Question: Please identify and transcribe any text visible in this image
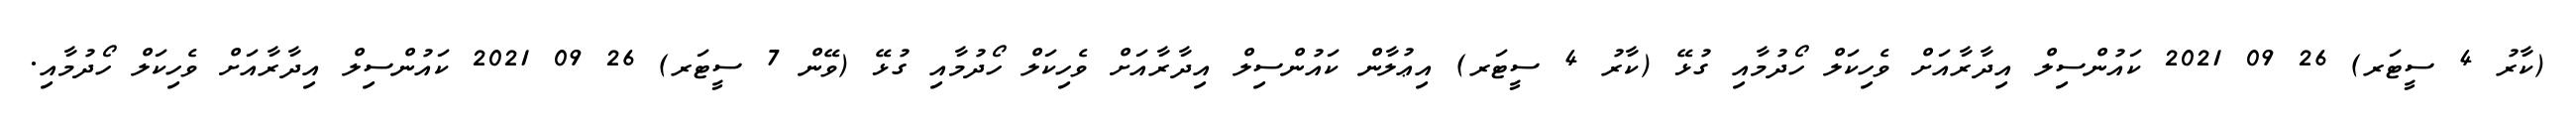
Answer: (ކާރު 4 ސީޓަރ) 26 09 2021 ކައުންސިލް އިދާރާއަށް ވެހިކަލް ހޯދުމާއި ގުޅޭ (ކާރު 4 ސީޓަރ) އިޢުލާން ކައުންސިލް އިދާރާއަށް ވެހިކަލް ހޯދުމާއި ގުޅޭ (ވޭން 7 ސީޓަރ) 26 09 2021 ކައުންސިލް އިދާރާއަށް ވެހިކަލް ހޯދުމާއި.